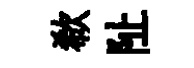
欷阯